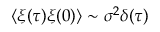
\langle \xi ( \tau ) \xi ( 0 ) \rangle \sim \sigma ^ { 2 } \delta ( \tau )